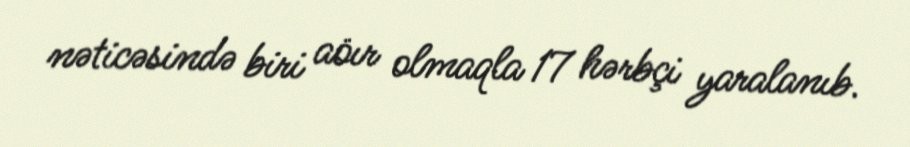
nəticəsində biri aöır olmaqla 17 hərbçi yaralanıb.